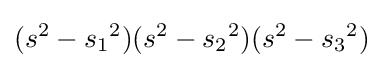
(s^{2}-{s_{1}}^{2})(s^{2}-{s_{2}}^{2})(s^{2}-{s_{3}}^{2})